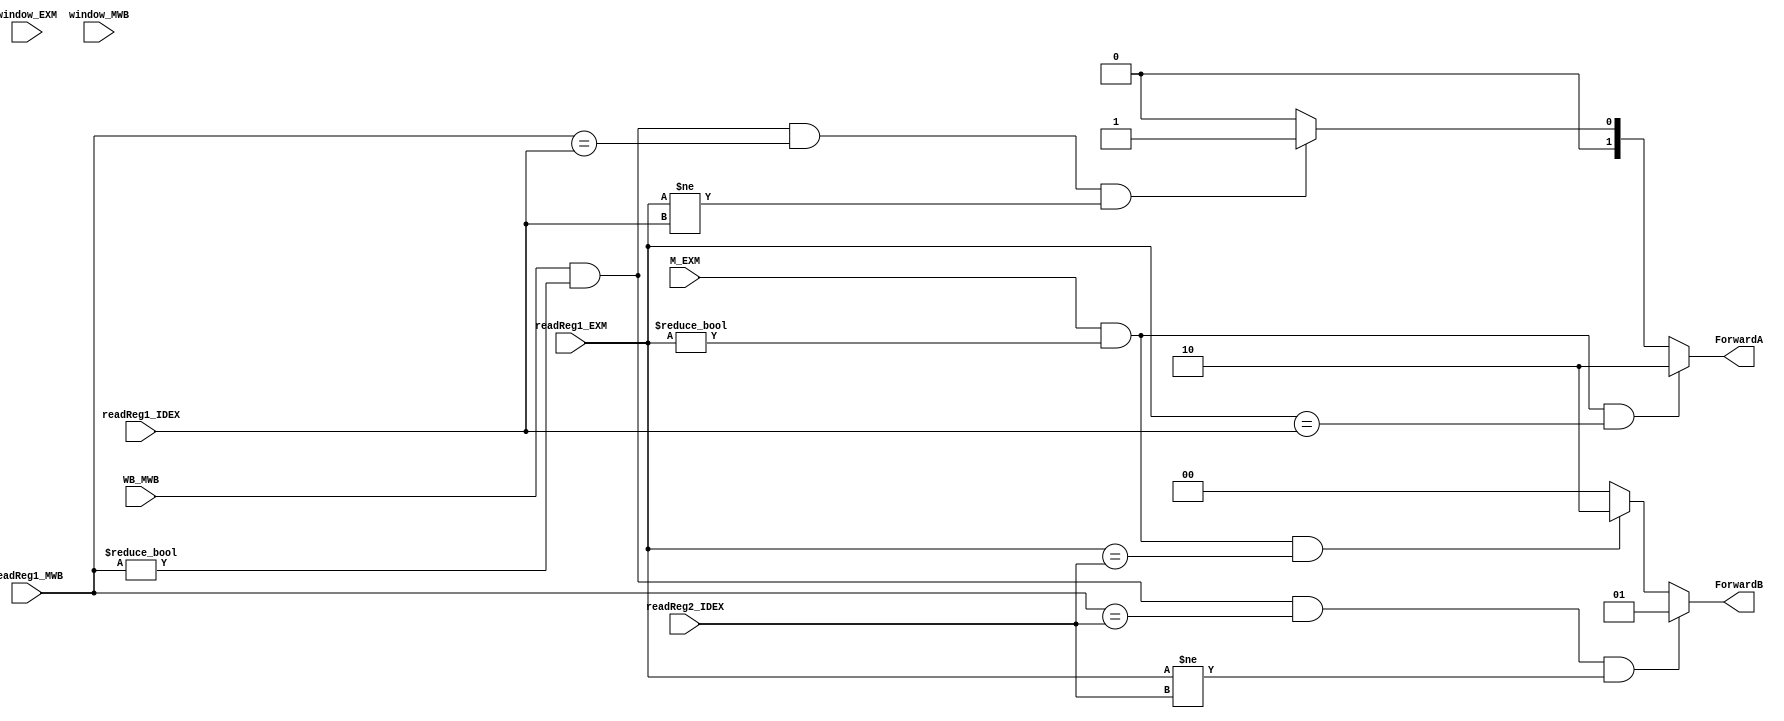
`timescale 1ns/1ns
module forwardUnit(readReg1_EXM,readReg1_MWB,readReg1_IDEX,readReg2_IDEX, M_EXM, WB_MWB,window_EXM,window_MWB, ForwardA, ForwardB);
  input[1:0] readReg1_IDEX,readReg2_IDEX,readReg1_EXM,readReg1_MWB;  
  //4ta signal meshki
   input M_EXM, WB_MWB; 
   //2ta signal narenji
   //bara window
   input window_EXM,window_MWB;
   output[1:0] ForwardA, ForwardB;
   //2ta signal kontoroli muxha 
   reg[1:0] ForwardA, ForwardB;
//Forward A 
   always@(M_EXM or readReg1_EXM or readReg1_IDEX or WB_MWB or readReg1_MWB) 
   begin 
      if((M_EXM)&&(readReg1_EXM != 0)&&(readReg1_EXM == readReg1_IDEX)) 
         ForwardA = 2'b10; 
      else if((WB_MWB)&&(readReg1_MWB != 0)&&(readReg1_MWB == readReg1_IDEX)&&(readReg1_EXM != readReg1_IDEX) ) 
         ForwardA = 2'b01; 
      else 
         ForwardA = 2'b00; 
   end 
   //Forward B 
   always@(WB_MWB or readReg1_MWB or readReg2_IDEX or readReg1_EXM or M_EXM) 
   begin 
      if((WB_MWB)&&(readReg1_MWB != 0)&&(readReg1_MWB == readReg2_IDEX)&&(readReg1_EXM != readReg2_IDEX) ) 
         ForwardB = 2'b01; 
      else if((M_EXM)&&(readReg1_EXM != 0)&&(readReg1_EXM== readReg2_IDEX)) 
         ForwardB = 2'b10; 
      else  
         ForwardB = 2'b00; 
   end 
 
endmodule